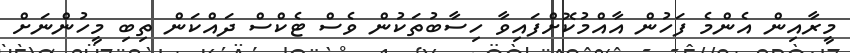
މީރާއިން އެންމެ ފަހުން އާއްމުކޮށްފައިވާ ހިސާބުތަކުން ވެސް ޓެކްސް ދައްކަން ތިބި މީހުންނަށް